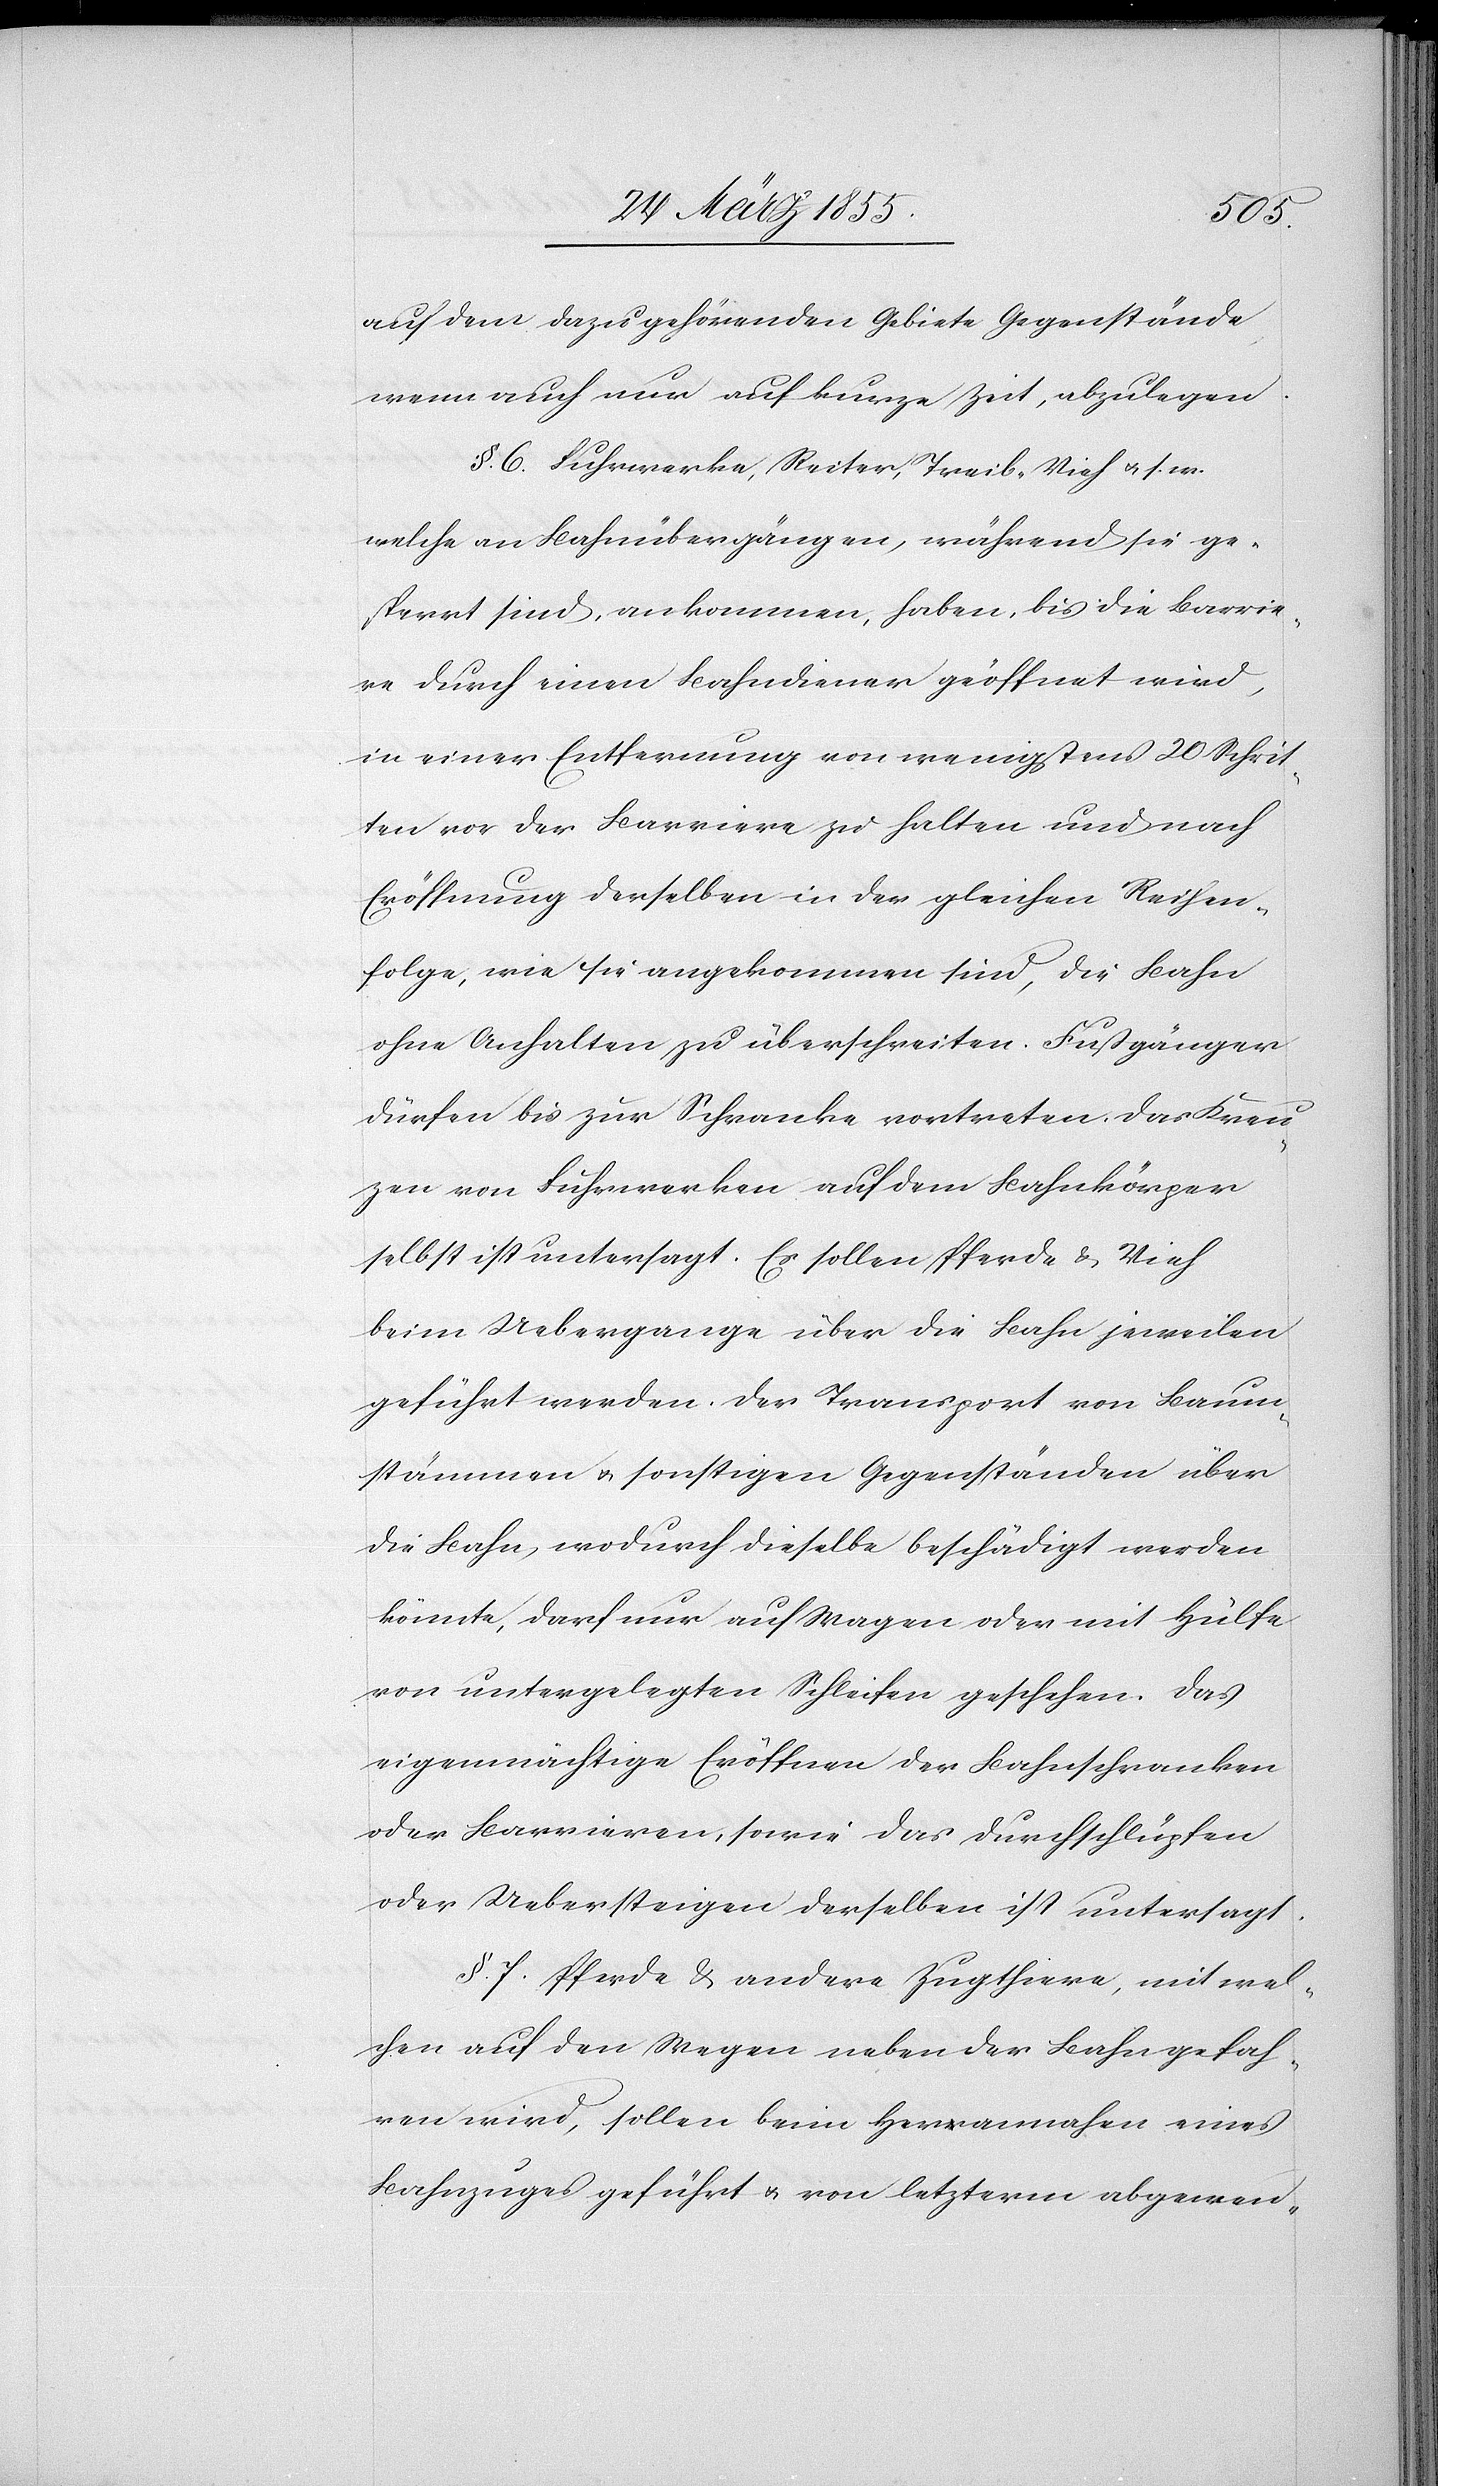
auf dem dazu gehörenden Gebiete Gegenstände,
wenn auch nur auf kurze Zeit, abzulegen.
§. 6. Fuhrwerke, Reiter, Treib-Vieh & s. w.
welche an Bahnübergängen, während sie ge¬
sperrt sind, ankommen, haben, bis die Barrie¬
re durch einen Bahndiener geöffnet wird,
in einer Entfernung von wenigstens 20 Schrit¬
ten vor der Barriere zu halten und nach
Eröffnung derselben in der gleichen Reihen¬
folge, wie sie angekommen sind, die Bahn
ohne Anhalten zu überschreiten. Fußgänger
dürfen bis zur Schranke vortreten. Das Kreu¬
zen von Fuhrwerken auf dem Bahnkörper
selbst ist untersagt. Es sollen Pferde & Vieh
beim Uebergange über die Bahn jeweilen
geführt werden. Der Transport von Baum¬
stämmen & sonstigen Gegenständen über
die Bahn, wodurch dieselbe beschädigt werden
könnte, darf nur auf Wagen oder mit Hülfe
von untergelegten Schleifen geschehen. Das
eigenmächtige Eröffnen der Bahnschranken
oder Barrieren, sowie das Durchschlüpfen
oder Uebersteigen derselben ist untersagt.
§. 7. Pferde & andere Zugthiere, mit wel¬
chen auf den Wegen neben der Bahn gefah¬
ren wird, sollen beim Herannahen eines
Bahnzuges geführt & von letzterm abgewen-